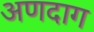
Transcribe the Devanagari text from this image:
अणदाग